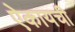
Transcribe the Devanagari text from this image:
ऐकायची